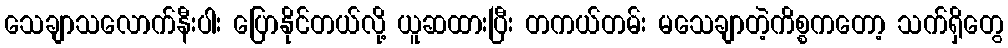
သေချာသလောက်နီးပါး ပြောနိုင်တယ်လို့ ယူဆထားပြီး တကယ်တမ်း မသေချာတဲ့ကိစ္စကတော့ သက်ရှိတွေ